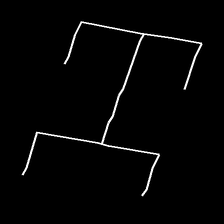
Glyph: entwine